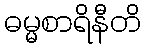
ဓမ္မစာရိနီတိ